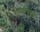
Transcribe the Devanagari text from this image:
सहकामुकता